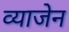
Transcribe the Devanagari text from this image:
व्याजेन